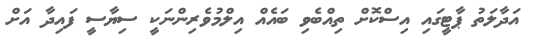
އަދާލަތު ޕާޓީގައި އިސްކޮށް ތިއްބެވި ބައެއް އިލްމުވެރިންނަކީ ސިޔާސީ ފައިދާ އަށް